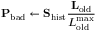
\mathbf { P } _ { \mathrm { b a d } } \leftarrow \mathbf { S } _ { \mathrm { h i s t } } \frac { \mathbf { L } _ { \mathrm { o l d } } } { L _ { \mathrm { o l d } } ^ { \mathrm { m a x } } }